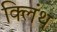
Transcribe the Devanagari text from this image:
क्लिंथ